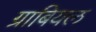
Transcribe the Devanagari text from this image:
ग्राबियल